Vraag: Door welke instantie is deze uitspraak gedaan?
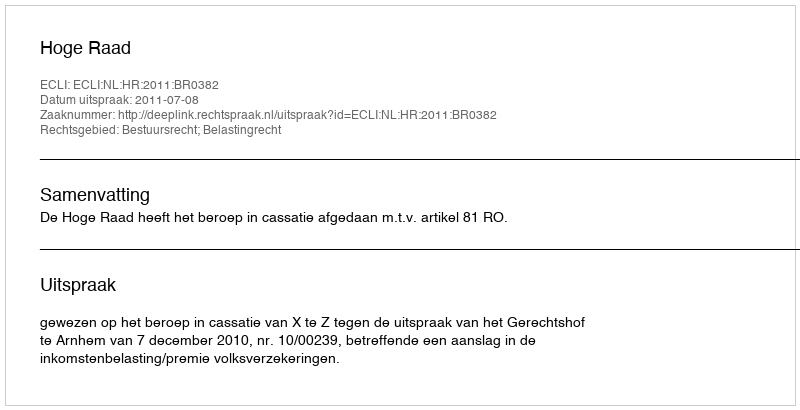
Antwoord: Hoge Raad